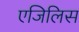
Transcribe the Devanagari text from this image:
एजिलिस